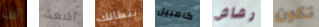
أنت أشعة بنطالك كامبيل رشاش تكون